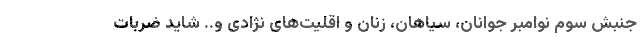
جنبش سوم نوامبر جوانان، سیاهان، زنان و اقلیت‌های نژادی و.. شاید ضربات